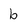
Character: b